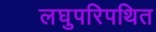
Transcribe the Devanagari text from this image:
लघुपरिपथित